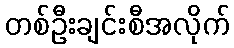
တစ်ဦးချင်းစီအလိုက်